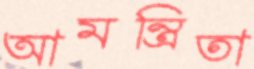
আমন্ত্রিতা